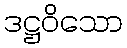
ဒဋ္ဌဝိသော